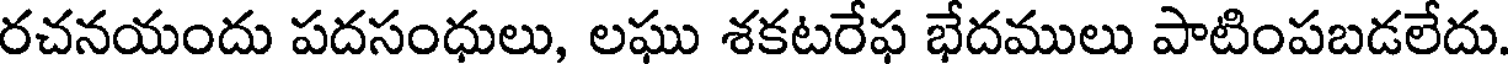
రచనయందు పదసంధులు, లఘు శకటరేఫ భేదములు పాటింపబడలేదు